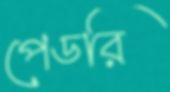
পেডরি